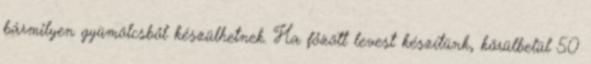
bármilyen gyümölcsből készülhetnek. Ha főzött levest készítünk, körülbelül 50